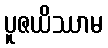
ပူဇယိဿာမ